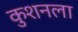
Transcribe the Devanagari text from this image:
कुशनला